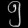
Digit: ၅